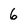
Character: 6